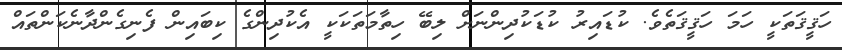
ހަޤީޤަތަކީ ހަމަ ހަޤީޤަތެވެ. ކުޑައިރު ކުޑަކުދިންނަށް ލިބޭ ހިތާމަތަކަކީ އެކުދިންގެ ކިބައިން ފެނިގެންދާނެކަންތައް